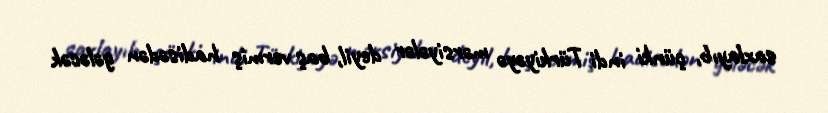
saxlayıb, çünki indi Türkiyəyə mərsiyələr deyil, baş vermiş hadisədən gələcək